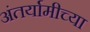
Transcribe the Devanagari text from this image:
अंतर्यामीच्या